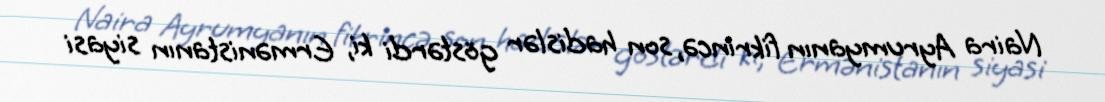
Naira Ayrumyanın fikrincə, son hadislər göstərdi ki, Ermənistanın siyasi